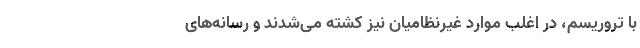
با ‌تروریسم، در اغلب موارد غیرنظامیان نیز کشته می‌شدند و رسانه‌های